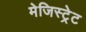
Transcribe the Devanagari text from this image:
मेजिस्ट्रेट